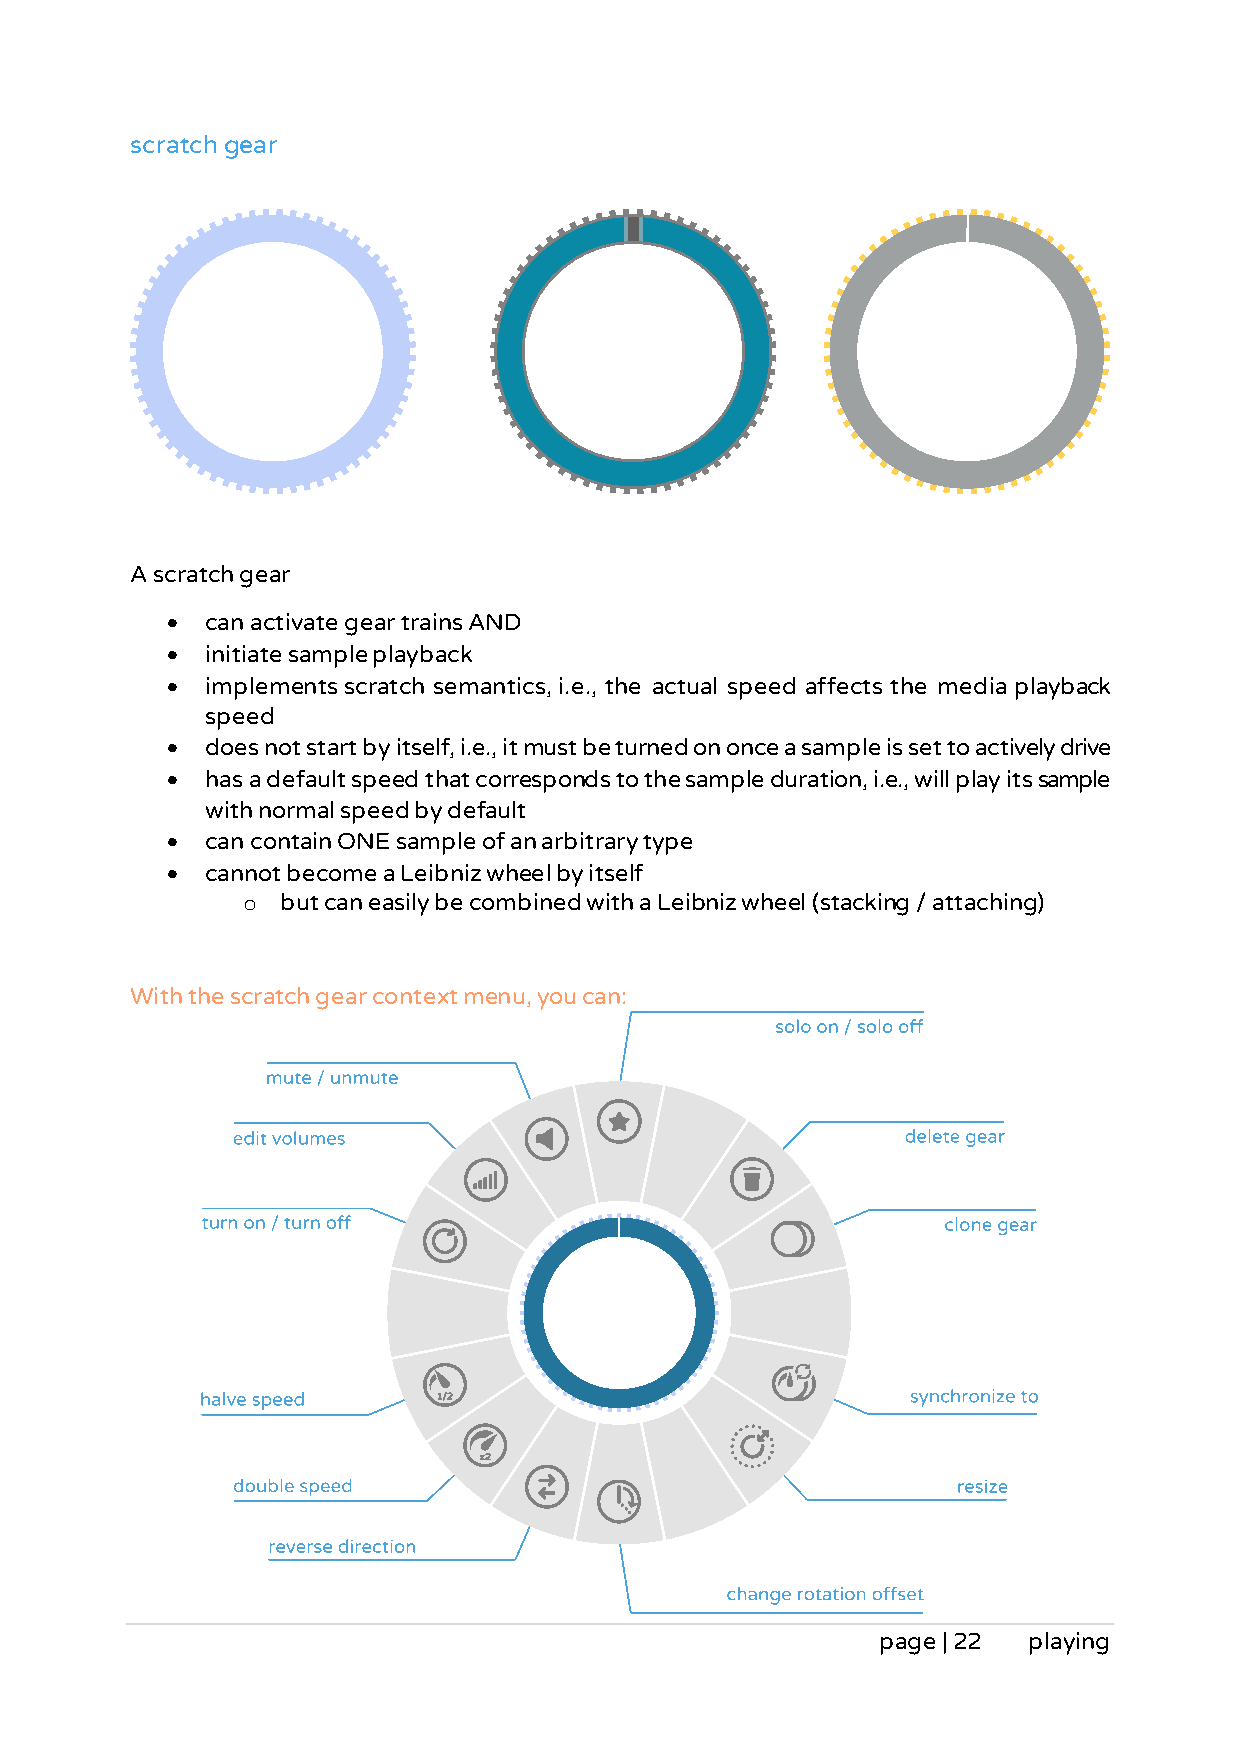
scratch gear
 A scratch gear
 •  can activate gear trains AND
 •  initiate sample playback
 •  implements scratch semantics, i.e., the actual speed affects the media playback
 speed
 •  does not start by itself, i.e., it must be turned on once a sample is set to actively drive
 •  has a default speed that corresponds to the sample duration, i.e., will play its sample
 with normal speed by default
 •  can contain ONE sample of an arbitrary type
 •  cannot become a Leibniz wheel by itself
 o  but can easily be combined with a Leibniz wheel (stacking / attaching)
 With the scratch gear context menu, you can:
 page | 22 playing